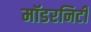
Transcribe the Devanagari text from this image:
मॉडरनिटी